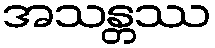
အသန္တဿ